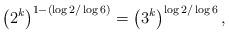
LaTeX: \begin{align*}\left(2^k\right)^{1-(\log2/\log6)}=\left(3^k\right)^{\log2/\log6},\end{align*}